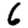
Digit: 6